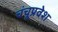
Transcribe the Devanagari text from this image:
चंचूप्रवेश